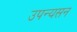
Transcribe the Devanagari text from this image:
उपन्यसन